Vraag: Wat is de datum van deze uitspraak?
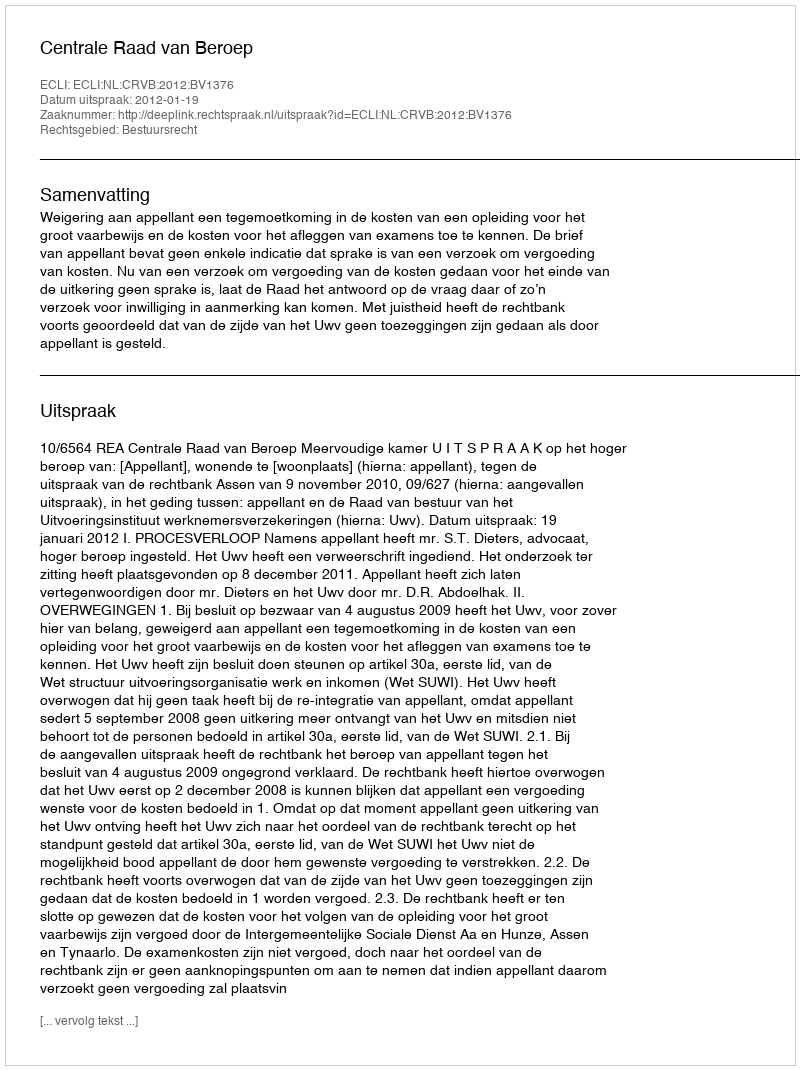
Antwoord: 2012-01-19